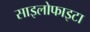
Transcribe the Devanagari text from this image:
साइलोफाइटा